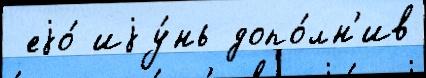
 еjо́ иjу́нь допо́лн'ив